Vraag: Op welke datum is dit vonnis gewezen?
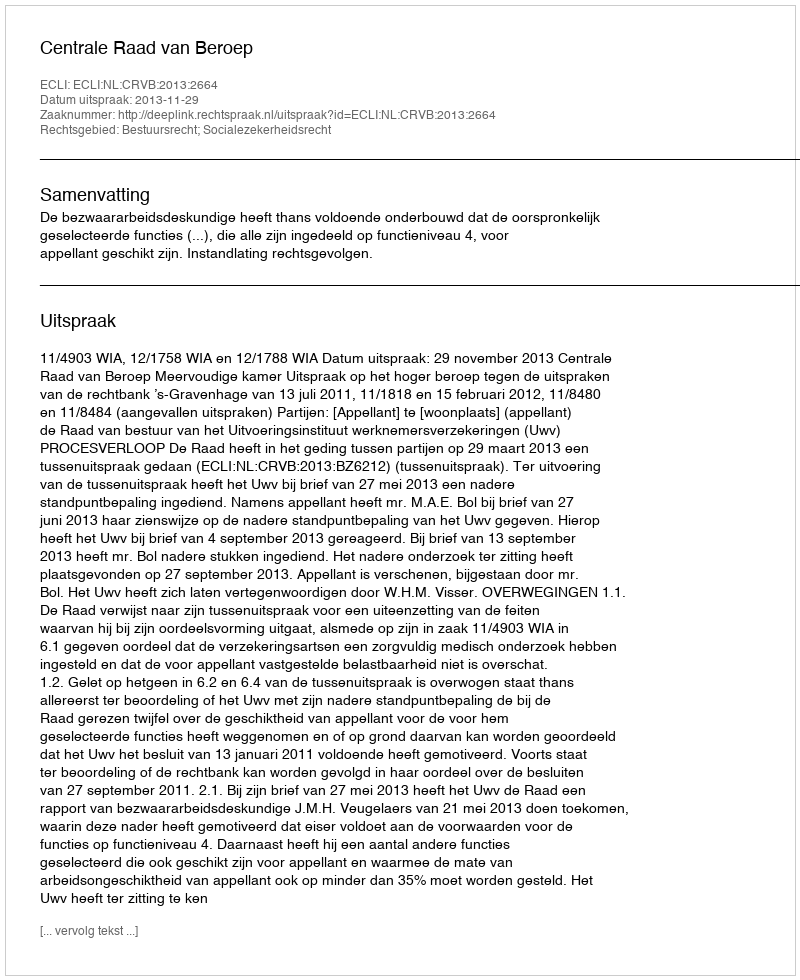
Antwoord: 2013-11-29